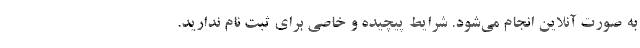
به صورت آنلاین انجام می‌شود. شرایط پیچیده و خاصی برای ثبت نام ندارید.